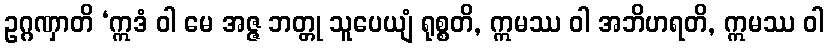
ဥဂ္ဂဏှာတိ ‘ဣဒံ ဝါ မေ အဇ္ဇ ဘတ္တု သူပေယျံ ရုစ္စတိ, ဣမဿ ဝါ အဘိဟရတိ, ဣမဿ ဝါ